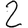
Digit: 2